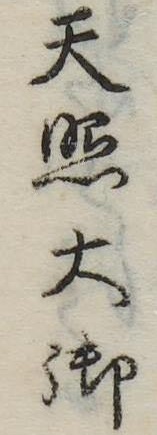
天照大御